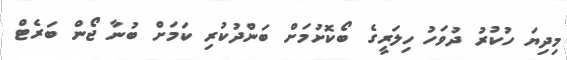
މިދިޔަ ހުކުރު ދުވަހު ހިލަރީގެ ބޯކޮށުމަށް ބަންދުކުރި ކަމަށް ބުނާ ޖޯން ބަރެޓް